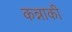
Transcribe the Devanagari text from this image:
कन्नाकी